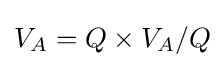
V_{A}=Q\times V_{A}/Q